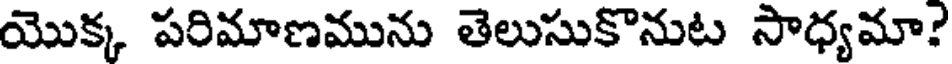
యొక్క పరిమాణమును తెలుసుకొనుట సాధ్యమా?